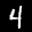
Label: 4